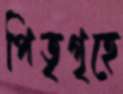
পিতৃগৃহে